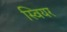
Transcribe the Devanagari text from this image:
स्वियर